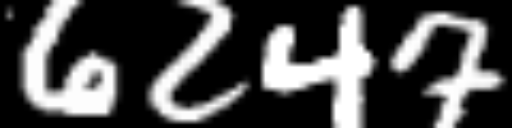
Text: 6247